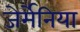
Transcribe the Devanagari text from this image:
जेर्मेनिया